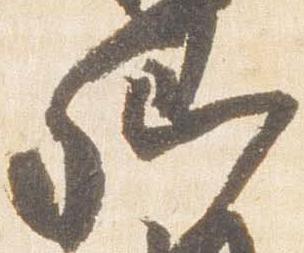
卿